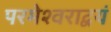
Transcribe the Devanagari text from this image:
परमेश्वराद्वयं